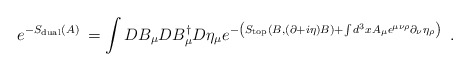
\begin{align*}e^{-S_{{\rm dual}}(A)\;}=\int DB_\mu DB_\mu ^{\dagger }D\eta _\mu e^{-\left(S_{{\rm top}}(B,(\partial +i\eta )B)+\int d^3xA_\mu \epsilon ^{\mu \nu\rho }\partial _\nu \eta _\rho \right) \;}\;. \end{align*}